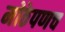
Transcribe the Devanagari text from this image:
मोठेपणच